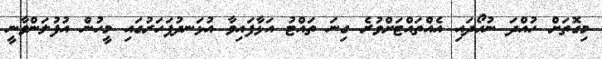
މިގޮތަށް ހުއްދަ ނުހޯދައި އެއްތައްޓަށްވުރެ ގިނަ ތައްޓު އަޅާފައިވާ އުޅަނދުފަހަރުގައި މީހުން އުފުލަންވާނީ